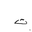
Letter: _ta